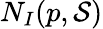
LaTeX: N_{I}(p,{\mathcal{S}})